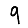
Digit: 9